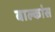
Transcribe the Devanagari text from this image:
बाल्कांस